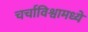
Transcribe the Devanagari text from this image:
चर्चाविश्वामध्ये